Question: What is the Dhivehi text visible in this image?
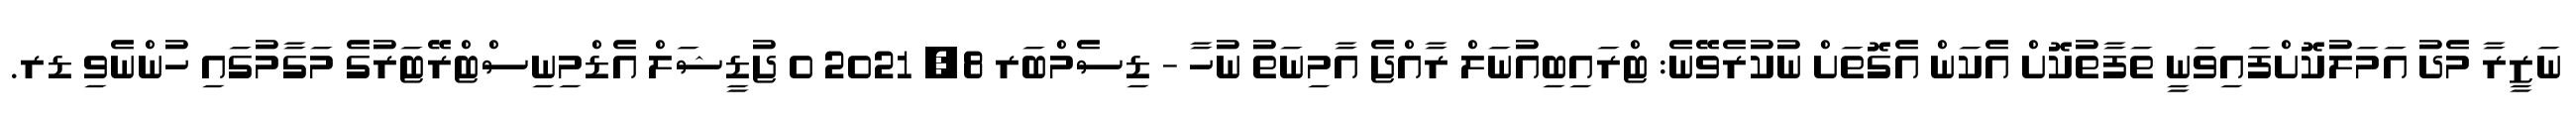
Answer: ނަޒީރާ މެދު އަމަލުކޮށްފައިވަނީ ތަފާތުކޮށް އެކަން އެގޮތަށް ނުކުރެވޭނެ: ޓްރައިބިއުނަލް ރާއްޖެ އާމިނަތު ނުހާ - ޑިސެމްބަރ 8, 2021 0 ޖުޑީޝަލް އެޑްމިނިސްޓްރޭޓަރުގެ މަގާމުގައި ހުންނެވި ޑރ.